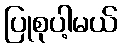
ပြုစုပါ့မယ်